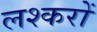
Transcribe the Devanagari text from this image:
लश्करों